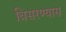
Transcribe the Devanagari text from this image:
विसरण्यास